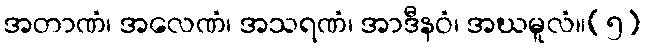
အတာဏံ၊ အလေဏံ၊ အသရဏံ၊ အာဒီနဝံ၊ အဃမူလံ။(၅)